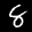
Label: 8